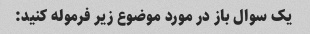
یک سوال باز در مورد موضوع زیر فرموله کنید: